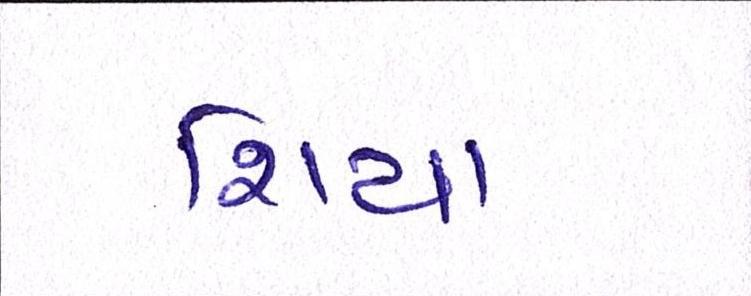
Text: શિયા